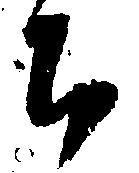
ち